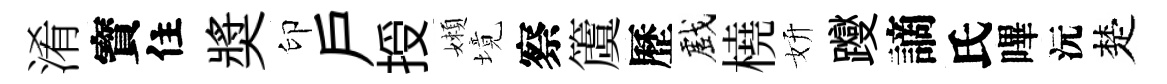
淆寳住奬印戶授嬾境察𥵂歷戲橈妍躞謫氏嗶沅楚